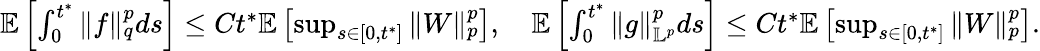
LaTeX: \begin{array}{r}{\mathbb E\left[\int_{0}^{t^{*}}\| f\| _{q}^{p}ds\right]\leq Ct^{*}\mathbb E\left[\operatorname*{sup}_{s\in[0,t^{*}]}\| W\| _{p}^{p}\right],\quad\mathbb E\left[\int_{0}^{t^{*}}\| g\| _{\mathbb L^{p}}^{p}ds\right]\leq Ct^{*}\mathbb E\left[\operatorname*{sup}_{s\in[0,t^{*}]}\| W\| _{p}^{p}\right].}\end{array}